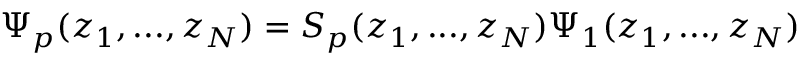
\Psi _ { p } ( z _ { 1 } , . . . , z _ { N } ) = S _ { p } ( z _ { 1 } , . . . , z _ { N } ) \Psi _ { 1 } ( z _ { 1 } , . . . , z _ { N } )